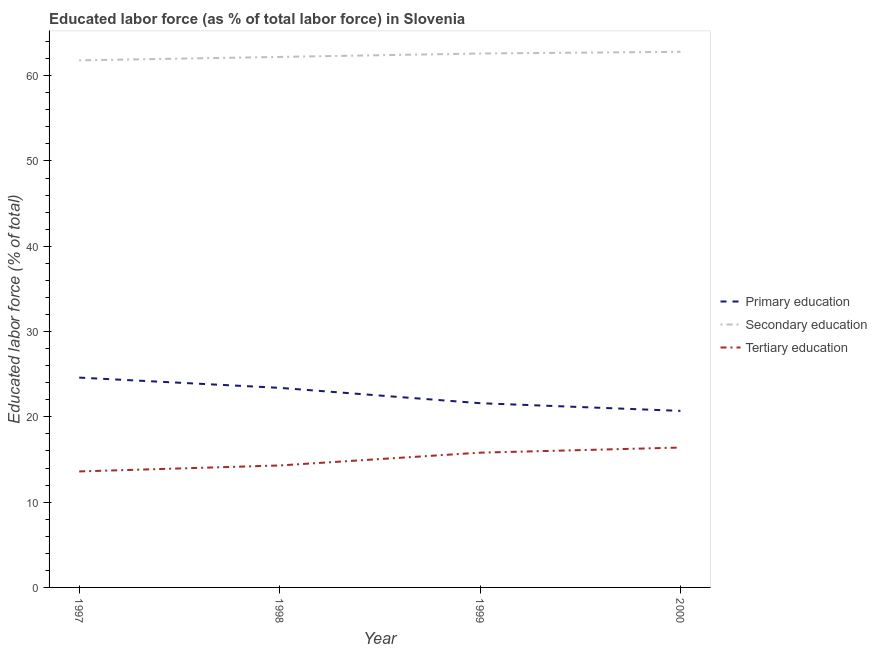
| Year | Primary education | Secondary education | Tertiary education |
 | --- | --- | --- | --- |
 | 1997 | 24.6 | 61.8 | 13.6 |
 | 1998 | 23.4 | 62.2 | 14.3 |
 | 1999 | 21.6 | 62.6 | 15.8 |
 | 2000 | 20.7 | 62.8 | 16.4 |